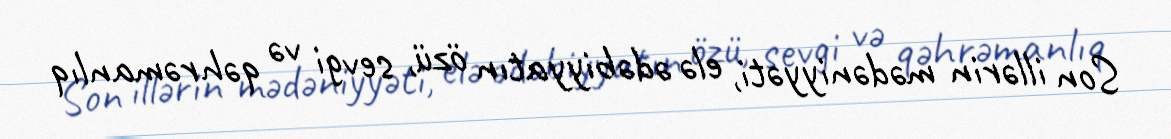
Son illərin mədəniyyəti, elə ədəbiyyatın özü, sevgi və qəhrəmanlıq